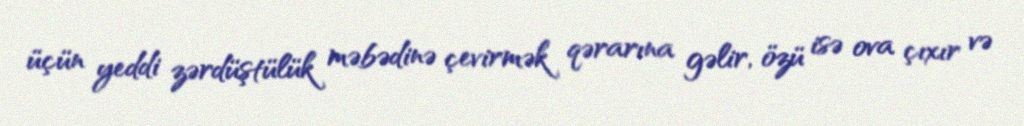
üçün yeddi zərdüştülük məbədinə çevirmək qərarına gəlir, özü isə ova çıxır və